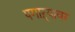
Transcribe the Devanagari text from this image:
पगाऱ्यावर